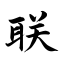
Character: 联